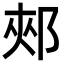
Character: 郟